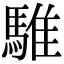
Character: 騅